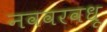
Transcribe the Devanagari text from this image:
नववरवधू